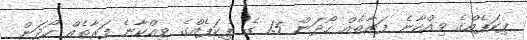
ޕިކަޕެއްގެ ވިއްކާނެ ފަރާތެއް ހޯދަން 1.5 ގެ ޕިކަޕެއްގެ ވިއްކާނެ ފަރާތެއް ހޯދަން